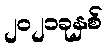
၂၀၂၁ခုနှစ်